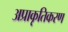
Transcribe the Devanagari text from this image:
अप्राकृतिकरण